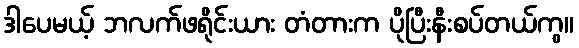
ဒါပေမယ့် ဘလက်ဖရိုင်းယား တံတားက ပိုပြီးနီးစပ်တယ်ကွ။